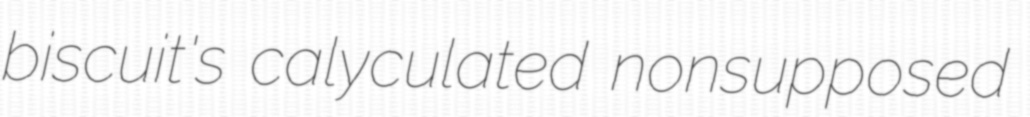
biscuit's calyculated nonsupposed